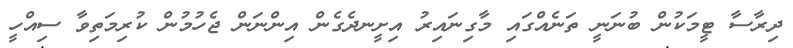
ދިރާސާ ޓީމަކުން ބުނަނީ ތަނެއްގައި މާގިނައިރު އިށީނދެގެން އިންނަން ޖެހުމުން ކުރިމަތިވާ ސިއްހީ